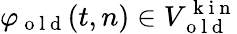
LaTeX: \varphi_{\mathrm{~o~l~d~}}(t,n)\in V_{\mathrm{~o~l~d~}}^{\mathrm{~k~i~n~}}